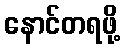
နောင်တရဖို့